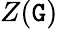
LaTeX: Z(\mathtt{G})